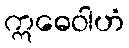
ဣဓေဝါဟံ